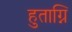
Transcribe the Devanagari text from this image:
हुताग्नि